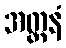
အတ္တနံ